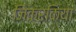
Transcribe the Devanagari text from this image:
जिक्रकिया